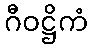
ဂီဝဋ္ဌိကံ